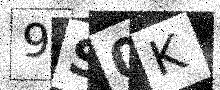
Text: 9S0K